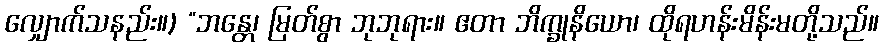
လျှောက်သနည်း။) “ဘန္တေ၊ မြတ်စွာ ဘုဘုရား။ ဧတာ ဘိက္ခုနိယော၊ ထိုရဟန်းမိန်းမတို့သည်။